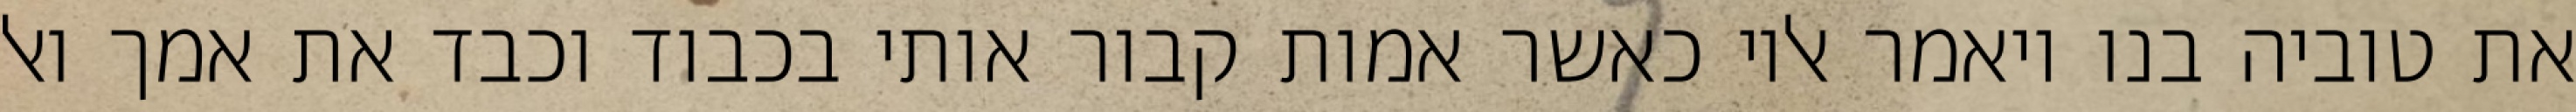
את טוביה בנו ויאמר אליו כאשר אמות קבור אותי בכבוד וכבד את אמך ואל